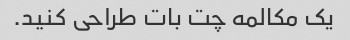
یک مکالمه چت بات طراحی کنید.